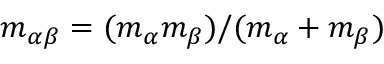
m _ { \alpha \beta } = ( m _ { \alpha } m _ { \beta } ) / ( m _ { \alpha } + m _ { \beta } )